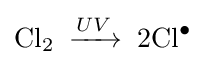
\mathrm {Cl} _{2}\;\xrightarrow {UV} \;2{\mathrm {Cl} ^{\bullet }}